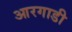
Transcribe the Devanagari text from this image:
आरगाडी